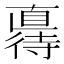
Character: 𫹦